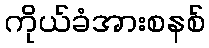
ကိုယ်ခံအားစနစ်